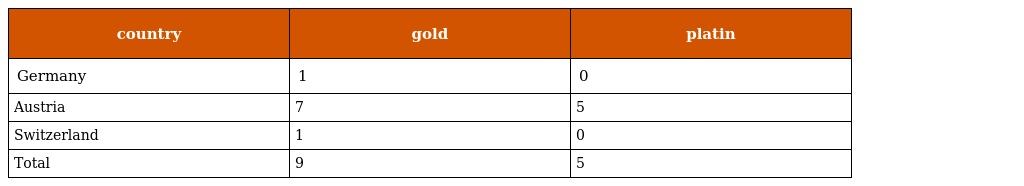
| country | gold | platin |
 | --- | --- | --- |
 | Germany | 1 | 0 |
 | Austria | 7 | 5 |
 | Switzerland | 1 | 0 |
 | Total | 9 | 5 |